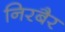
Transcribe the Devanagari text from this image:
निरबैर